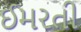
ઈમરતી